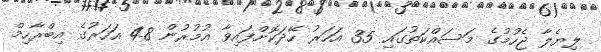
ލިޔެލާ ޖެހުމުގެ މަސައްކަތުގައި 35 އަހަރު ހޭދަކޮށްފައިވާ އުމުރުން 48 އަހަރުގެ އިބްރާހިމް